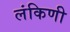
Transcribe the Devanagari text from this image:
लंकिणी